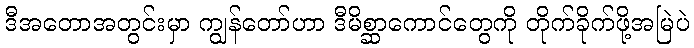
ဒီအတောအတွင်းမှာ ကျွန်တော်ဟာ ဒီမိစ္ဆာကောင်တွေကို တိုက်ခိုက်ဖို့အမြဲပဲ